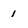
Character: 1